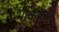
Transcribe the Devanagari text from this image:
भावनावर